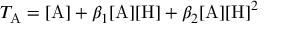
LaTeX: T _ { \mathrm { A } } = \mathrm { [ A ] } + \beta _ { 1 } \mathrm { [ A ] [ H ] } + \beta _ { 2 } \mathrm { [ A ] [ H ] } ^ { 2 }